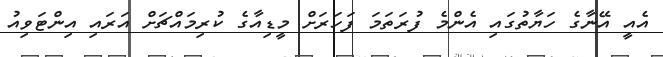
އެއީ އޭނާގެ ހަޔާތުގައި އެންމެ ފުރަތަމަ ފަހަރަށް މީޑިއާގެ ކުރިމައްޗަށް އަރައި އިންޓަވިއު